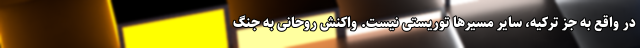
در واقع به جز ترکیه، سایر مسیرها توریستی نیست. واکنش روحانی به جنگ